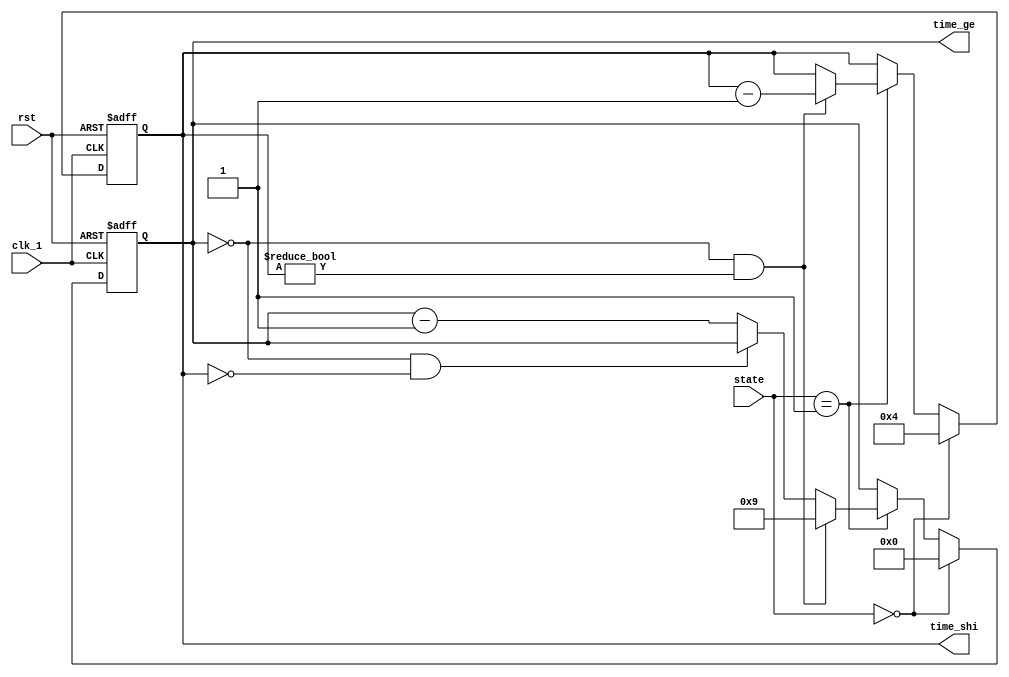
module timer(clk_1,state,rst,time_shi,time_ge);//倒计时器
input clk_1,rst;
input [1:0] state;
output reg [3:0] time_shi,time_ge;

always@(posedge clk_1 or posedge rst)
begin
	if(rst)                              //复位，重新从40s开始倒计时
	begin
		time_shi<=4'b0100;
		time_ge<=4'b0000;
	end
	else if(state==2'b00)                //初始状态，时间保持40
	begin
		time_shi<=4'b0100;
		time_ge<=4'b0000;
	end
	else if(state==2'b01)					 //开始倒计时
	begin
		if(time_ge==0&&time_shi!=0)
		begin
			time_ge<=4'b1001;
			time_shi<=time_shi-1;
		end
		else if(time_ge==0&&time_shi==0)  //时间到，数字保持00不变
		begin
			time_ge<=time_ge;
			time_shi<=time_shi;
		end
		else time_ge<=time_ge-1;
	end
	else begin				//游戏成功、失败状态，倒计时保持当前数字不变
		time_ge<=time_ge;
		time_shi<=time_shi;
	end
end

endmodule